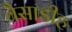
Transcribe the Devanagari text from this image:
वैसाडीह